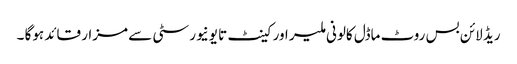
ریڈ لائن بس روٹ ماڈل کالونی ملیر اور کینٹ تا یونیورسٹی سے مزار قائد ہوگا ۔